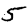
Digit: 5